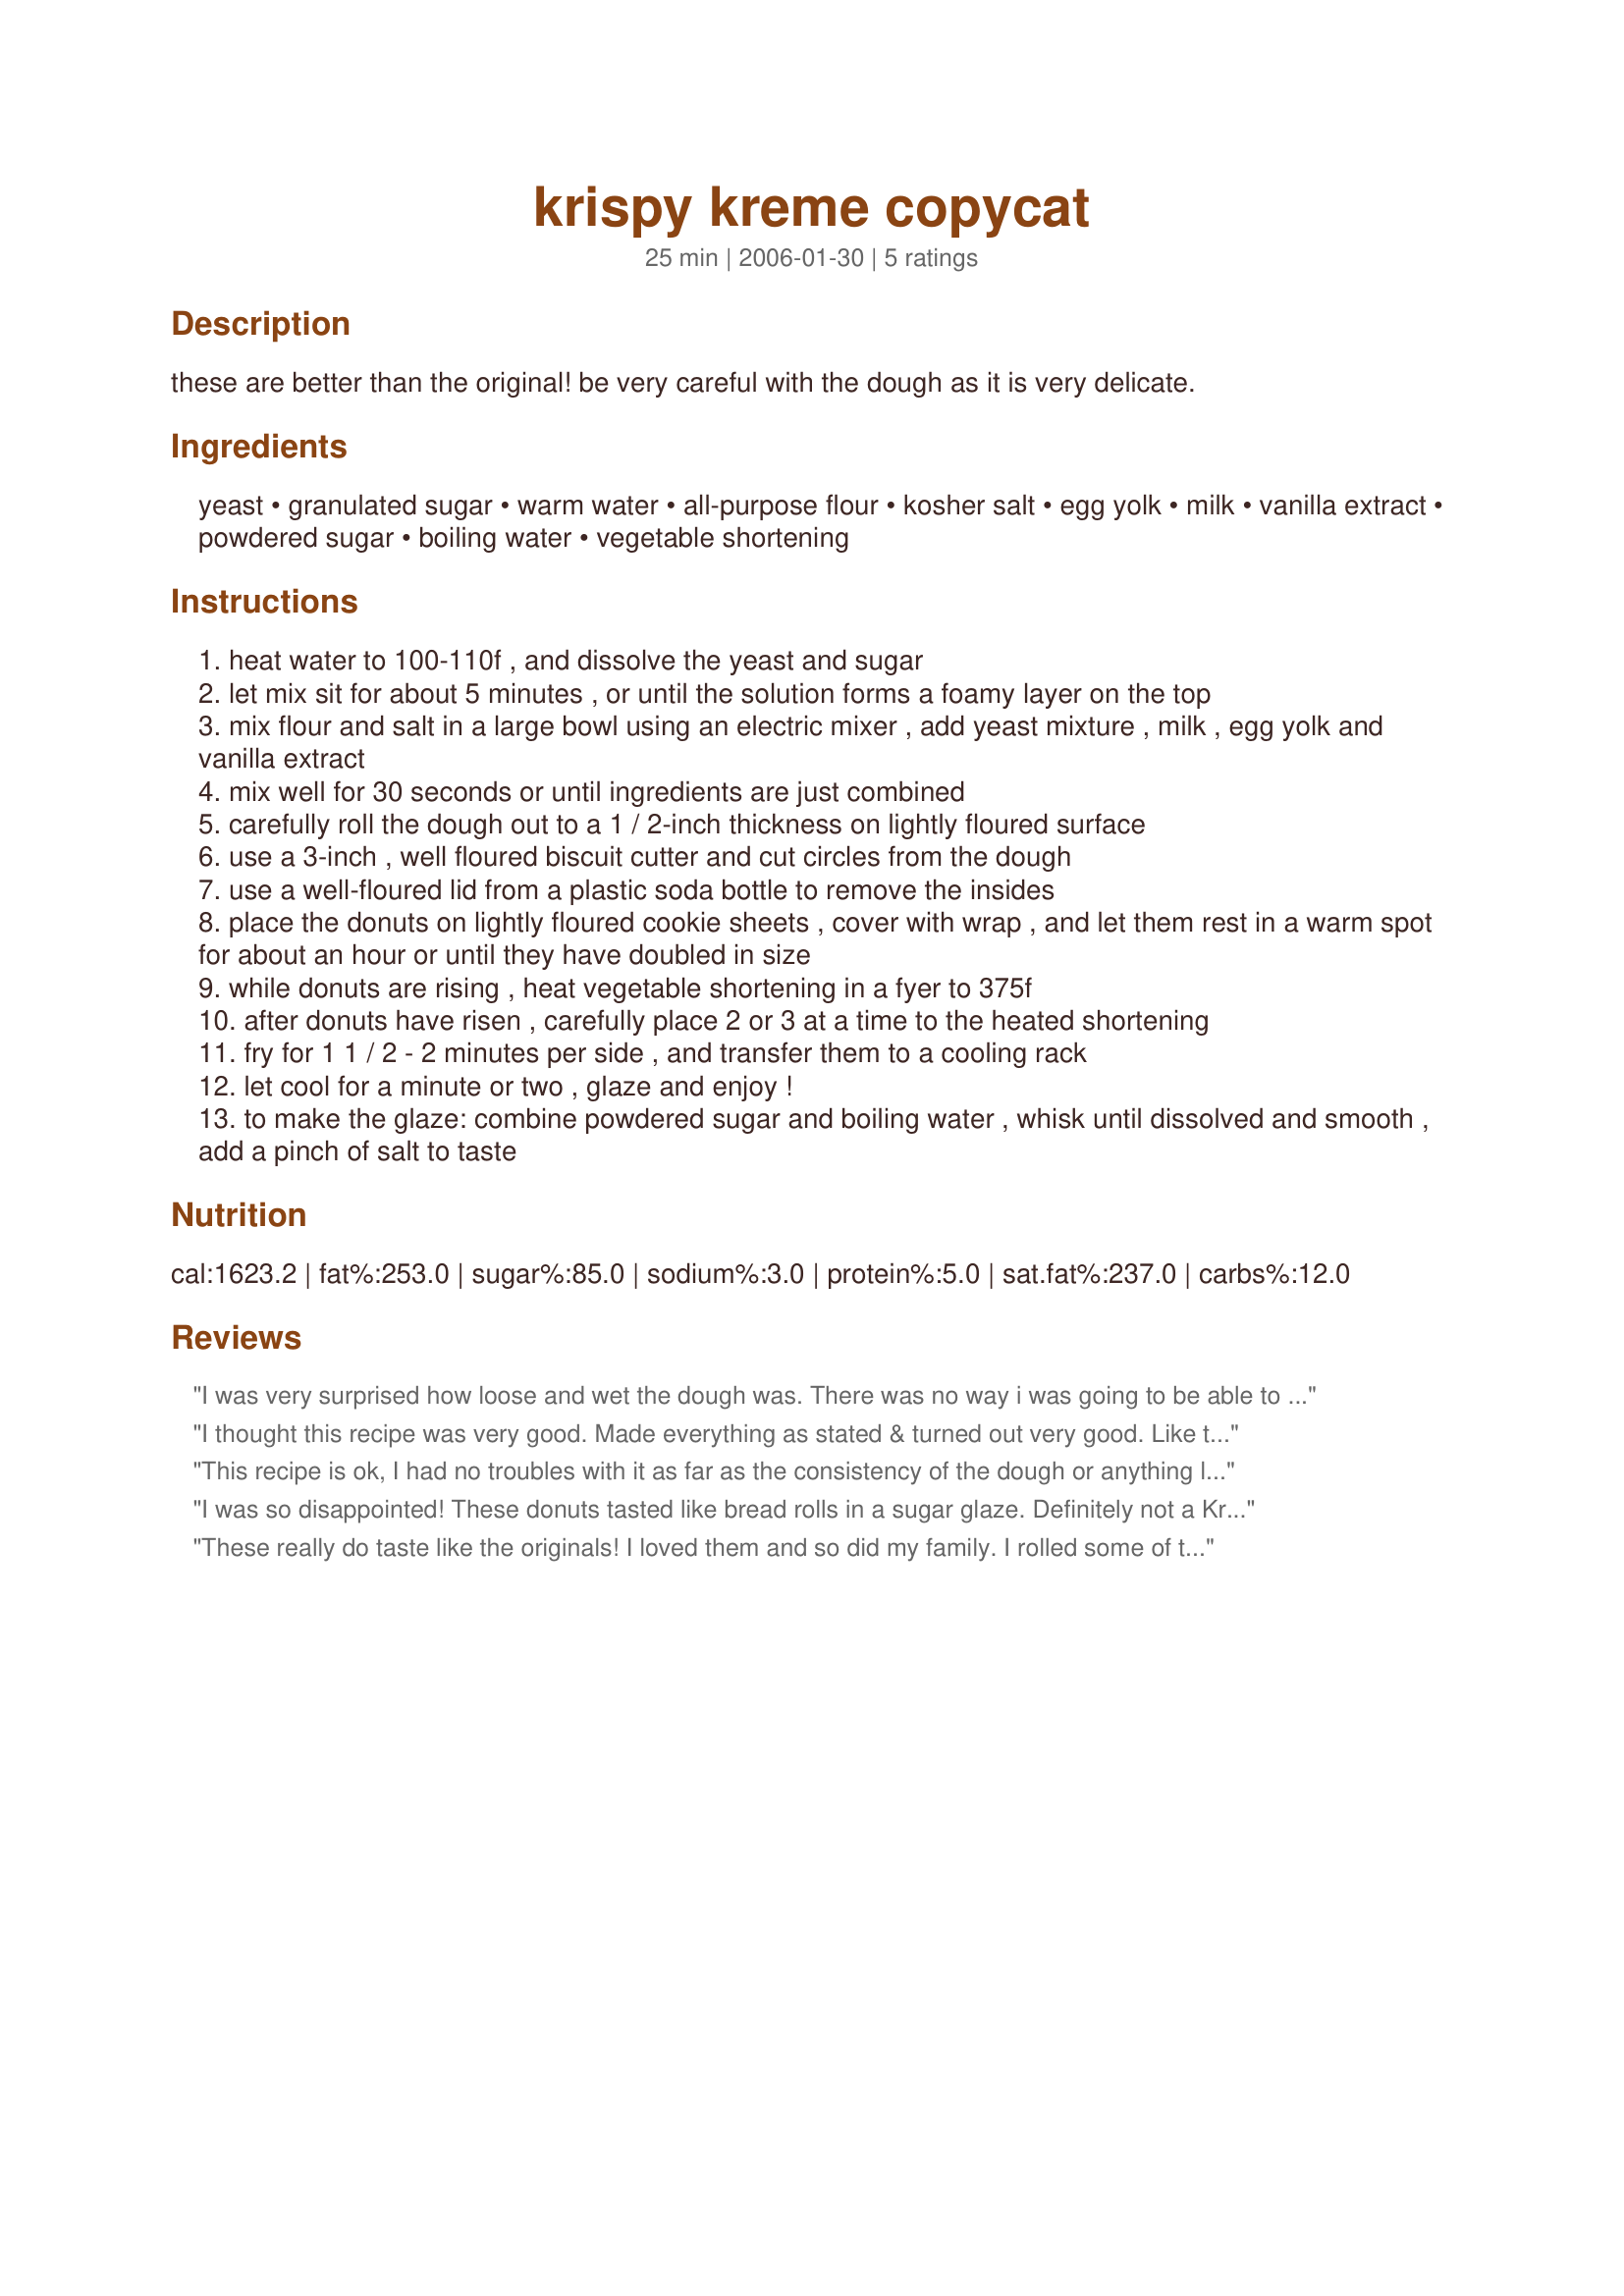
krispy kreme copycat
Preparation time: 25 minutes

these are better than the original! be very careful with the dough as it is very delicate.

Ingredients:
yeast, granulated sugar, warm water, all-purpose flour, kosher salt, egg yolk, milk, vanilla extract, powdered sugar, boiling water, vegetable shortening

Steps:
heat water to 100-110f , and dissolve the yeast and sugar
let mix sit for about 5 minutes , or until the solution forms a foamy layer on the top
mix flour and salt in a large bowl using an electric mixer , add yeast mixture , milk , egg yolk and vanilla extract
mix well for 30 seconds or until ingredients are just combined
carefully roll the dough out to a 1 / 2-inch thickness on lightly floured surface
use a 3-inch , well floured biscuit cutter and cut circles from the dough
use a well-floured lid from a plastic soda bottle to remove the insides
place the donuts on lightly floured cookie sheets , cover with wrap , and let them rest in a warm spot for about an hour or until they have doubled in size
while donuts are rising , heat vegetable shortening in a fyer to 375f
after donuts have risen , carefully place 2 or 3 at a time to the heated shortening
fry for 1 1 / 2 - 2 minutes per side , and transfer them to a cooling rack
let cool for a minute or two , glaze and enjoy !
to make the glaze: combine powdered sugar and boiling water , whisk until dissolved and smooth , add a pinch of salt to taste

Reviews:
I was very surprised how loose and wet the dough was. There was no way i was going to be able to roll that with out a huge mess.
I thought this recipe was very good. Made everything as stated & turned out very good. Like the other viewer stated make sure the dough is 1/2" thick. Thank you for sharing.
This recipe is ok, I had no troubles with it as far as the consistency of the dough or anything like that. But the resulting doughnuts were too dense and a little chewy. And they taste NOTHING like a Krispy Kreme doughnut.
I was so disappointed! These donuts tasted like bread rolls in a sugar glaze. Definitely not a Krispy Kreme!:-(
These really do taste like the originals! I loved them and so did my family. I rolled some of them out too thin and those were a little more crunchy than the others, so make sure you leave them at 1/2". Also, mix your glaze immediately before you use it, because it sets up right away and you want it to be thin when you pour it. These were sinful!!!
